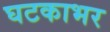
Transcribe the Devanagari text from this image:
घटकाभर